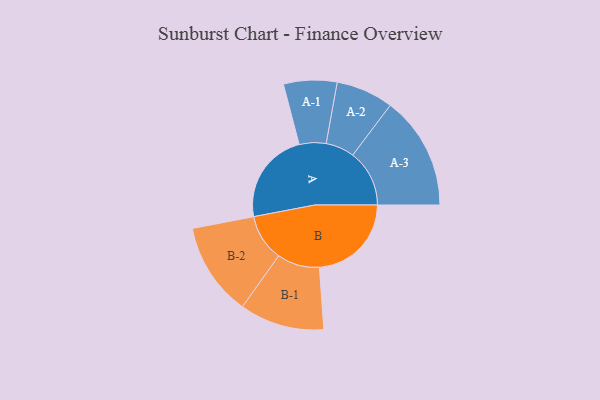
{"axis": {"x": "Segment", "y": "Value"}, "legend": ["", "A", "B"], "data": [{"x": "A", "y": 418, "type": ""}, {"x": "B", "y": 417, "type": ""}, {"x": "A-1", "y": 121, "type": "A"}, {"x": "A-2", "y": 130, "type": "A"}, {"x": "A-3", "y": 257, "type": "A"}, {"x": "B-1", "y": 192, "type": "B"}, {"x": "B-2", "y": 212, "type": "B"}]}